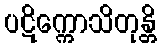
ပဋိက္ကောသိတုန္တိ